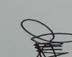
Signature authenticity: genuine